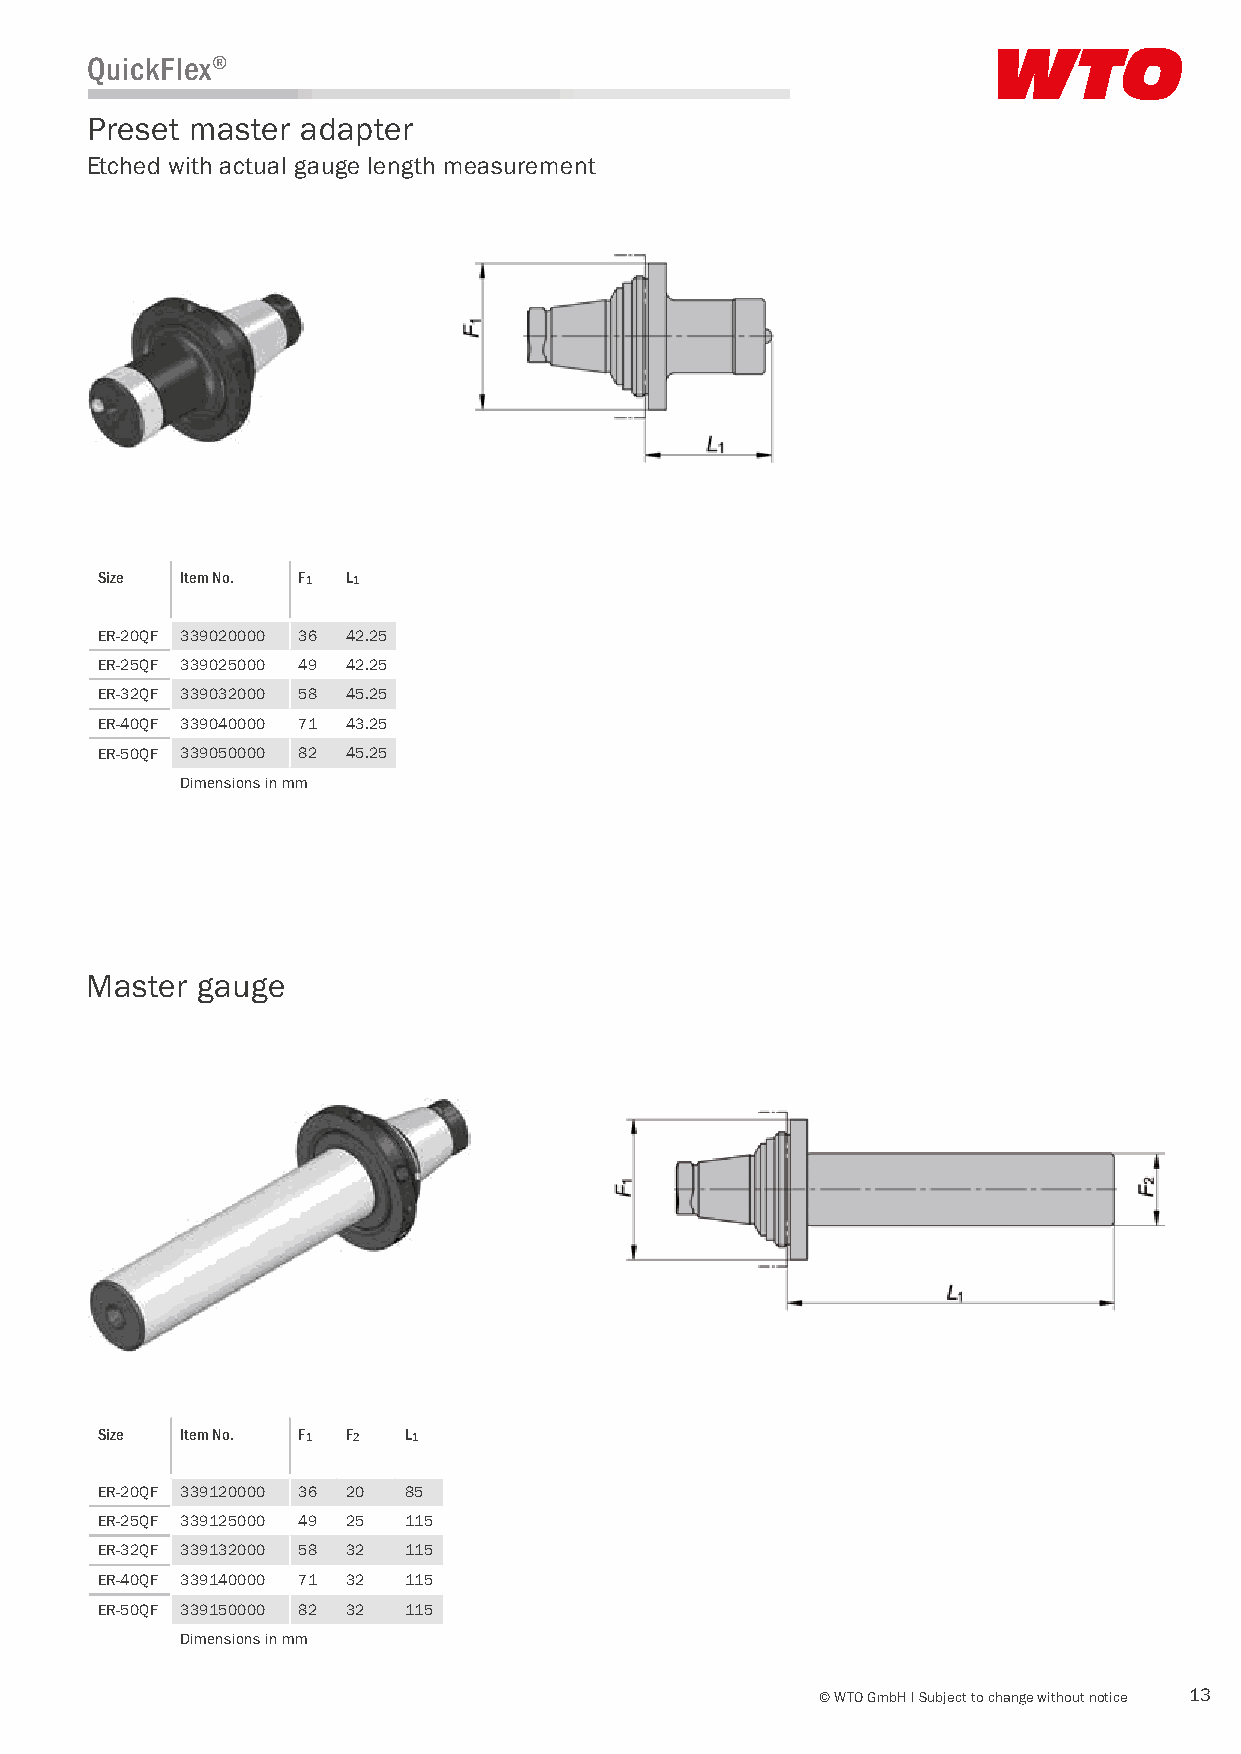
QuickFlex®
 Preset master adapter
 Etched with actual gauge length measurement
 Size  Item No. F1 L1
 ER-20QF 339020000 36 42.25
 ER-25QF 339025000 49 42.25
 ER-32QF 339032000 58 45.25
 ER-40QF 339040000 71 43.25
 ER-50QF 339050000 82 45.25
 Dimensions in mm
 Master gauge
 Size  Item No. F1 F2 L1
 ER-20QF 339120000 36 20 85
 ER-25QF 339125000 49 25 115
 ER-32QF 339132000 58 32 115
 ER-40QF 339140000 71 32 115
 ER-50QF 339150000 82 32 115
 Dimensions in mm
 © WTO GmbH I Subject to change without notice 13